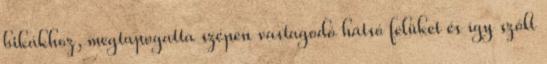
bikákhoz, megtapogatta szépen vastagodó hátsó felüket és így szólt